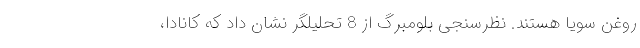
روغن سویا هستند. نظرسنجی بلومبرگ از 8 تحلیلگر نشان داد که کانادا،